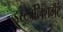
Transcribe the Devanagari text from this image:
इस्‍टैबलिशमेंट